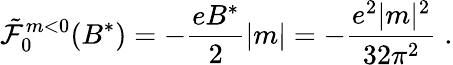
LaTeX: {\tilde{\cal{F}}}_{0}^{m<0}(B^{*})=-\frac{eB^{*}}{2}|m|=-\frac{e^{2}|m|^{2}}{32\pi^{2}}\; .